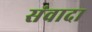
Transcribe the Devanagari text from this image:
संवादा